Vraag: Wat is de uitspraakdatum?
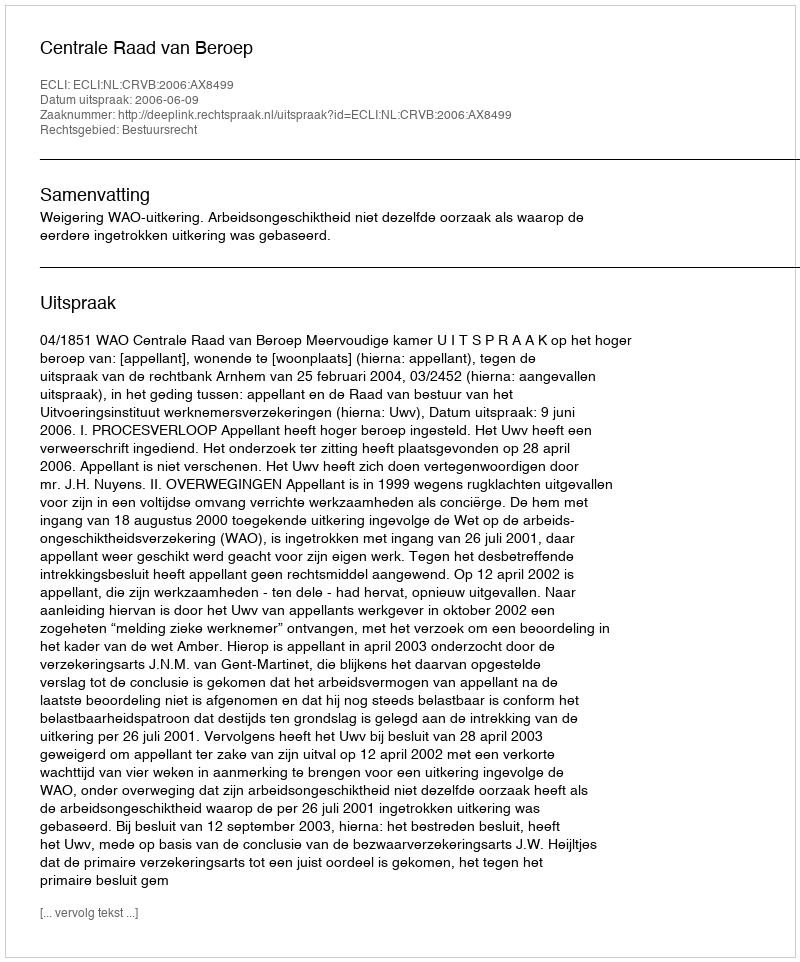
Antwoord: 2006-06-09